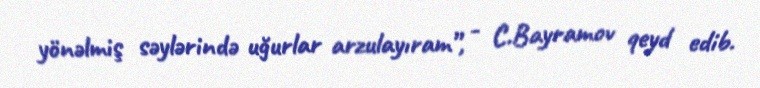
yönəlmiş səylərində uğurlar arzulayıram”, - C.Bayramov qeyd edib.